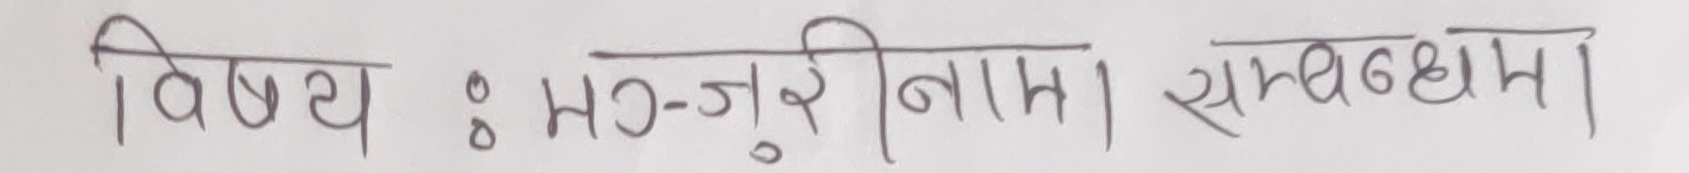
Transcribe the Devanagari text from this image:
विषय : मंजुरिनामा सम्बन्धमा